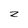
Character: z